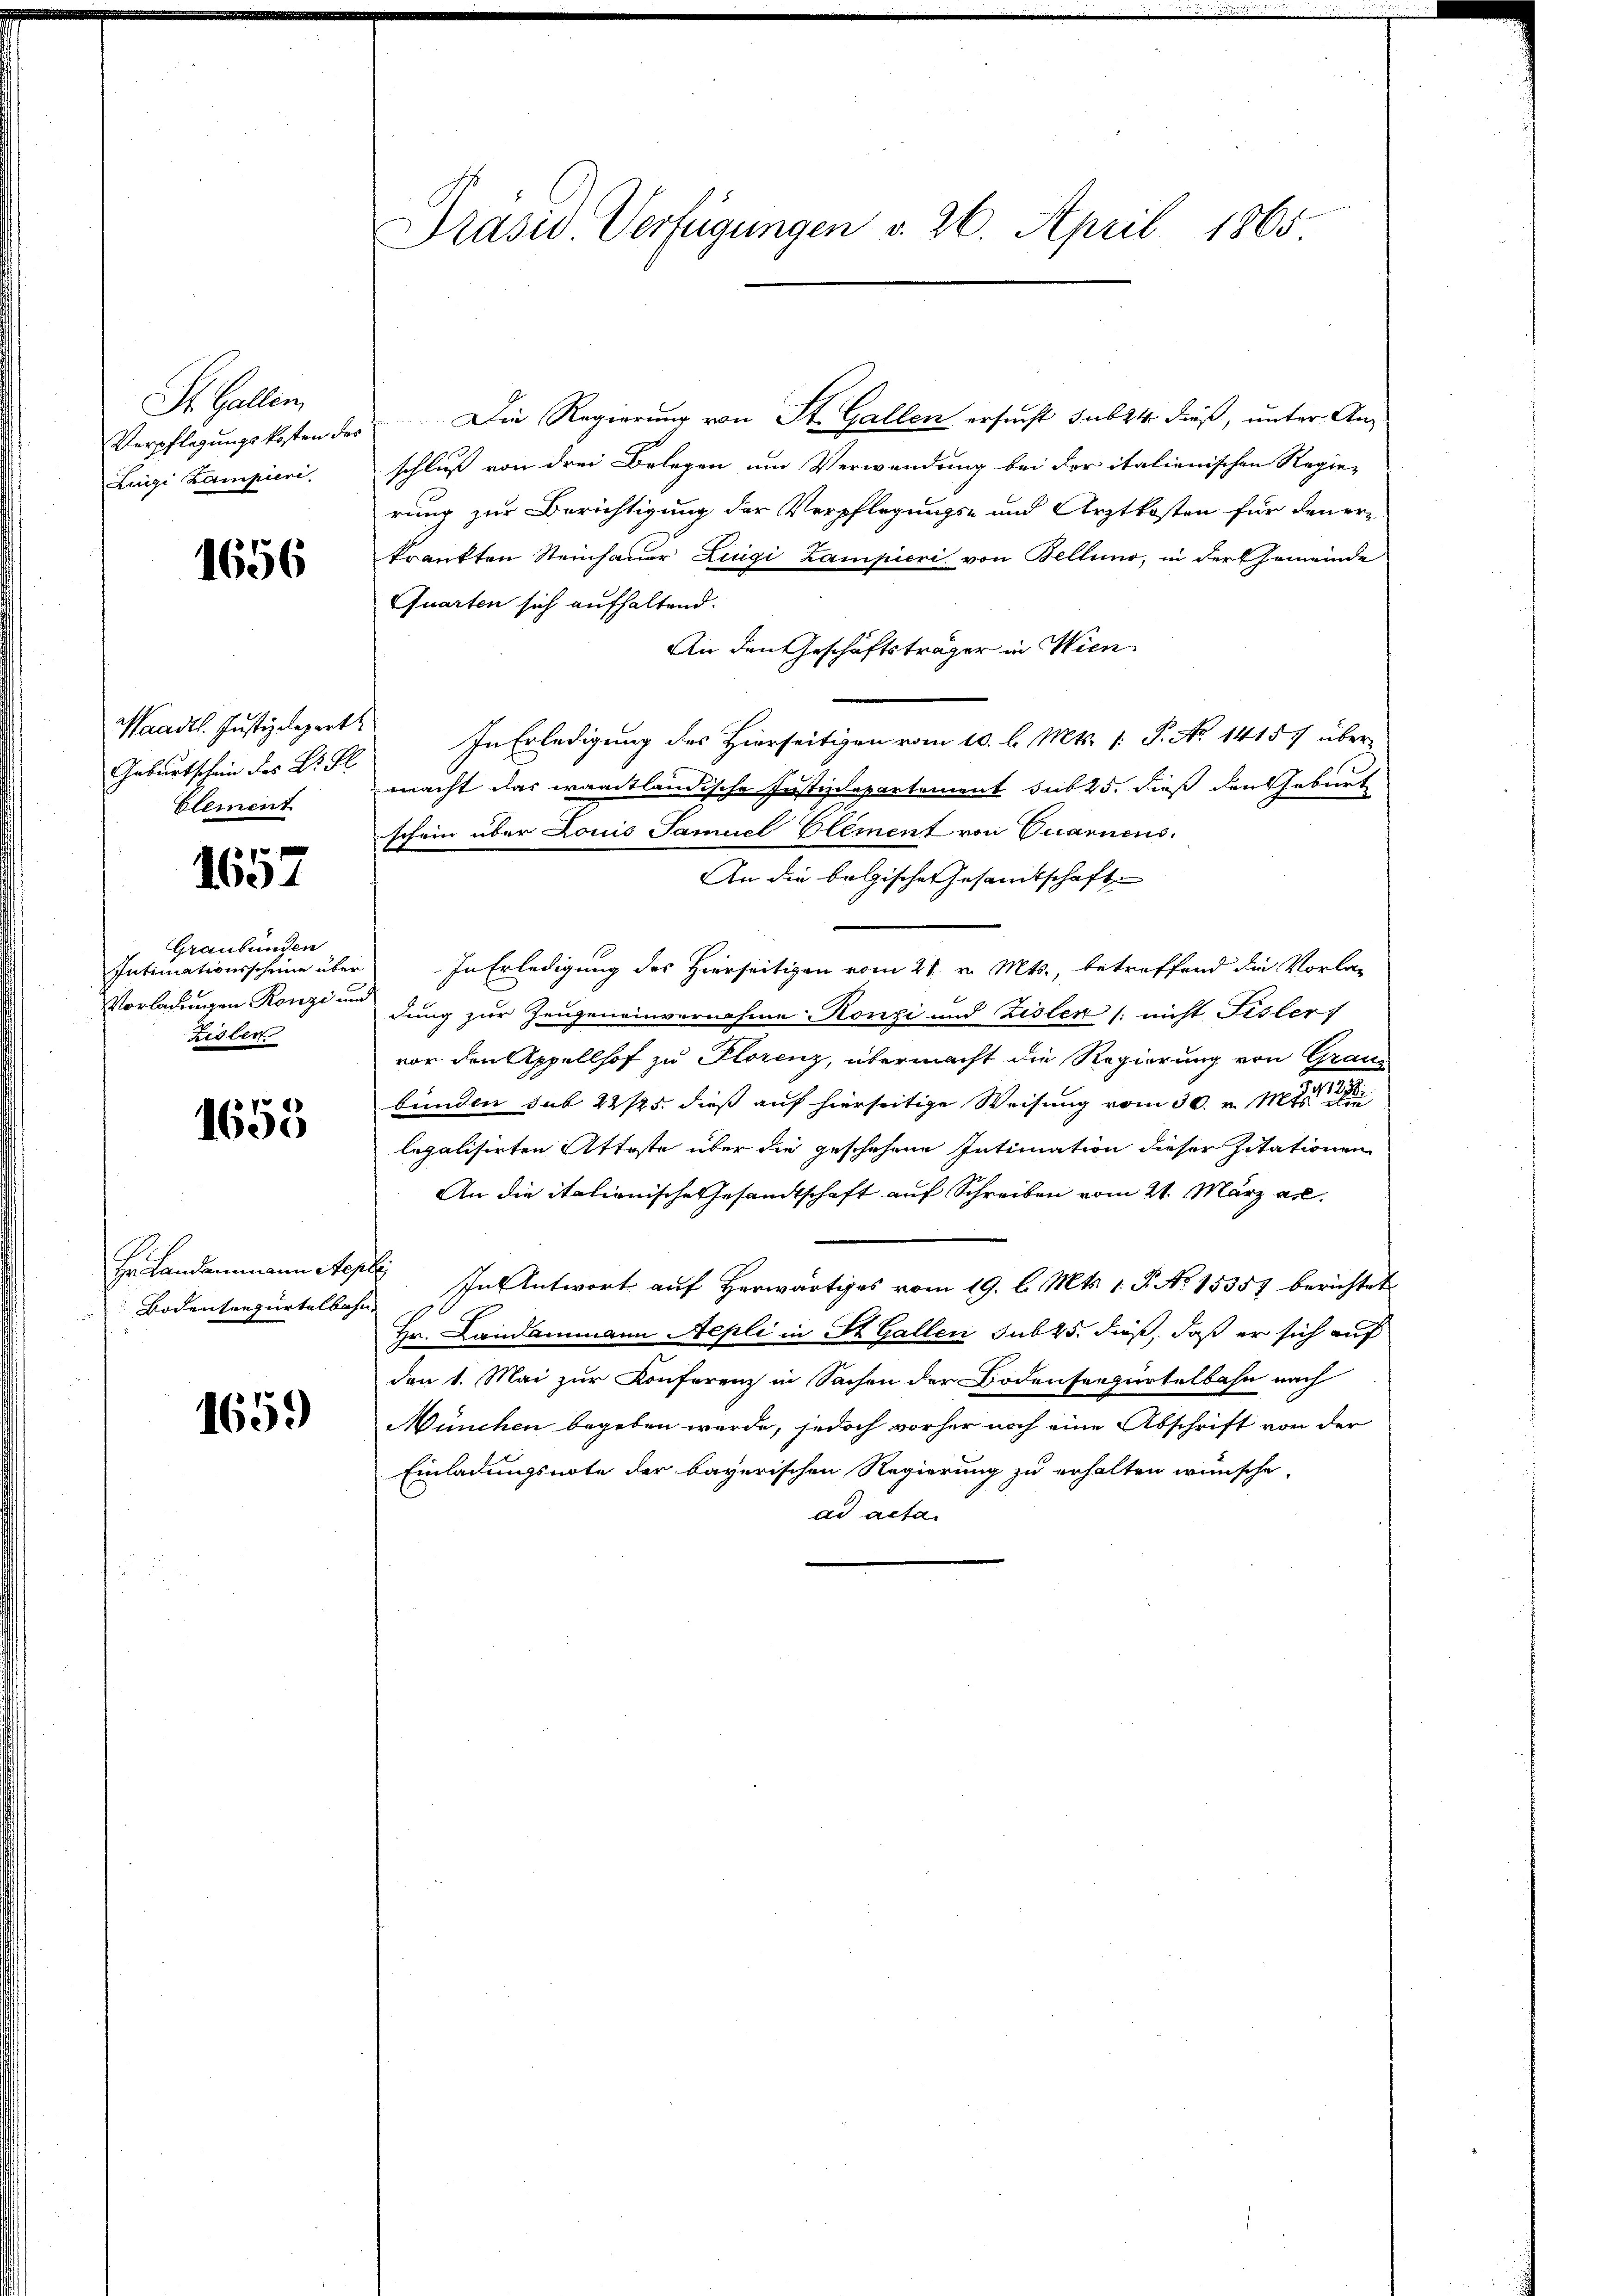
St. Gallen
Verpflegungskosten des
Luigi Kampieri

1656

Waadt. Justizdeparte
Geburtschein des Dr. P.
Clement

1657

Graubünden
Intimationsscheine über
Vorladungen Ronzi um
Zeilen

1655

Hr. Landammann Aep
Bodenseesurtelbah

1659

Präsid Verfügungen v. 26. April 1865

Die Regierung von St. Gallen ersucht sub 24 dieß, unter Anschluß von drei Belegen um Verwendung bei der italienischen Regie-
rung zur Berichtigung der Verpflegungs- und Arztkosten für den erkrankten Steinhauer Lingi Zampieri von Bellino, in der Gemeinde
Quarten sich aufhaltend.
An den Geschäftsträger in Wien
In Erledigung des Hierseitigen vom 10. l. Mts. 1. P. No 14157 über-
macht das waadtländische Justizdepartement sub 25. dieß den Geburt
schein über Louis Samuel Element von Quarnens.
An die belgischen Gesamtschaft
In Erledigung des Hierseitigen vom 21. v. Mts., betreffend die Vorladung zur Zeugeneinvernahme Konzi und Zislen /: nicht Fislers
vor den Appellhof zu Plorenz, übermacht die Regierung von Graubunden sub 22/25. dieß auf hierseitige Weisung vom 30. v. M. 88
legalisirten Atteste über die geschehene Intimation dieser Zitationen
An die italienische Gesandtschaft auf Schreiben vom 21. März all
 In Antwort auf Herwärtiges vom 19. l. Mts. 1. P. No 15357 berichtet
f
Hr. Landammann Aepli in Dr. Gallen sub 25. dieß, daß er sich auf
den 1. Mai zur Konferenz in Sachen der Bodenseeziertelbahn nach
München begeben werde, jedoch vorher noch eine Abschrift von der
Einladungsnote der bayerischen Regierung zu erhalten wünsche,
ad acta